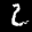
Label: 2